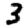
Digit: 3